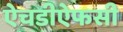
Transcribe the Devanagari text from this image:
ऐचडीऐफसी